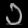
Digit: ၁